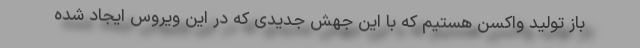
باز تولید واکسن هستیم که با این جهش جدیدی که در این ویروس ایجاد شده